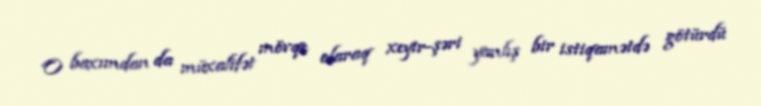
O baxımdan da müxalifət mövqe olaraq xeyir-şəri yanlış bir istiqamətdə götürdü